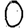
Digit: 0